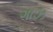
ગાઝ